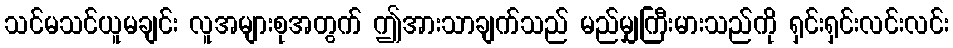
သင်မသင်ယူမချင်း လူအများစုအတွက် ဤအားသာချက်သည် မည်မျှကြီးမားသည်ကို ရှင်းရှင်းလင်းလင်း